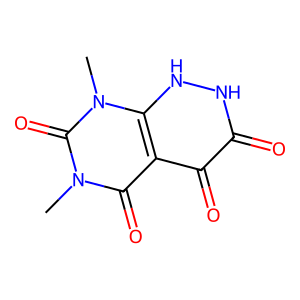
SMILES: Cn1c(=O)c2c(=O)c(=O)[nH][nH]c2n(C)c1=O
Inhibits HIV replication: No